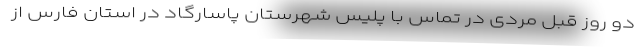
دو روز قبل مردی در تماس با پلیس شهرستان پاسارگاد در استان فارس از